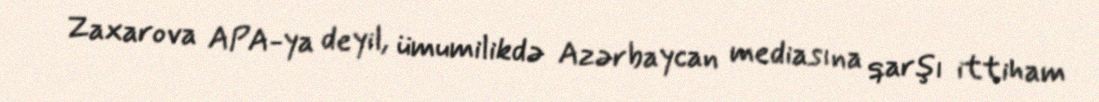
Zaxarova APA-ya deyil, ümumilikdə Azərbaycan mediasına qarşı ittiham